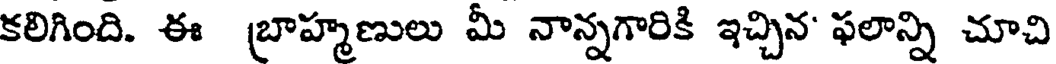
కలిగింది. ఈ బ్రాహ్మణులు మీ నాన్నగారికి ఇచ్చిన' ఫలాన్ని చూచి